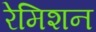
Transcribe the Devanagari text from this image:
रेमिशन